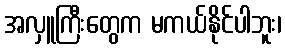
အလှူကြီးတွေက မကယ်နိုင်ပါဘူး၊